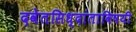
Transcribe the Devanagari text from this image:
दवेतसिध्दांताविषयी